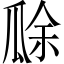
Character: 𤬀